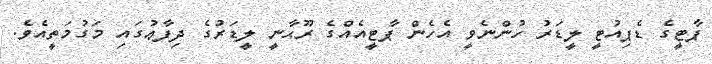
ޕާޓީގެ ޑެޕިއުޓީ ލީޑަރު ހުންނެވީ އެހެން ޕާޓީއެއްގެ ރޫޙާނީ ލީޑަރުގެ ދިފާޢުގައި މަގުމަތީއެވެ.